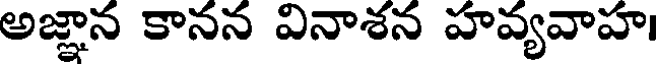
అజ్ఞాన కానన వినాశన హవ్యవాహ।